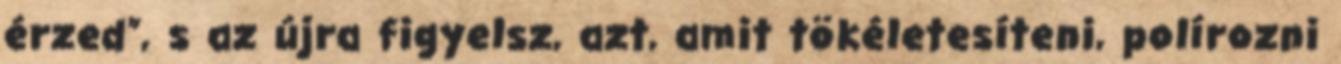
érzed”, s az újra figyelsz, azt, amit tökéletesíteni, polírozni